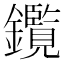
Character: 鑬